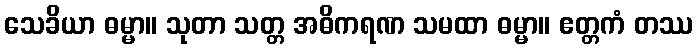
သေခိယာ ဓမ္မာ။ သုတာ သတ္တ အဓိကရဏ သမထာ ဓမ္မာ။ ဧတ္တကံ တဿ